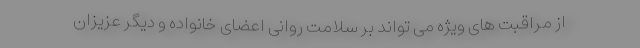
از مراقبت های ویژه می تواند بر سلامت روانی اعضای خانواده و دیگر عزیزان